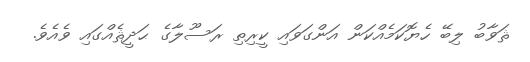
ޘަވާބު ލިބޭ ހެޔޮކަމެއްކަން އަންގަވައި ކީރިތި ރަސޫލާގެ ޙަދީޘެއްގައި ވެއެވެ.